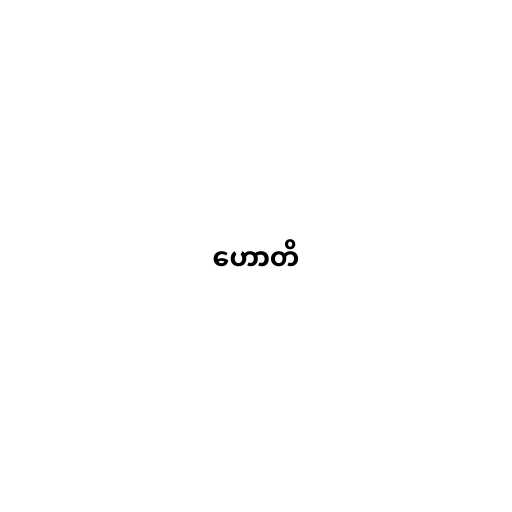
ဟောတိ